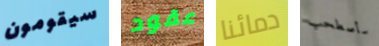
سيقومون عقود دمائنا سأصطحب